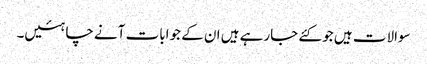
سوالات ہیں جو کئے جارہے ہیں ان کے جوابات آنے چاہئیں۔